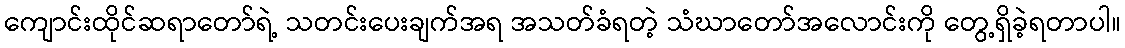
ကျောင်းထိုင်ဆရာတော်ရဲ့ သတင်းပေးချက်အရ အသတ်ခံရတဲ့ သံဃာတော်အလောင်းကို တွေ့ရှိခဲ့ရတာပါ။